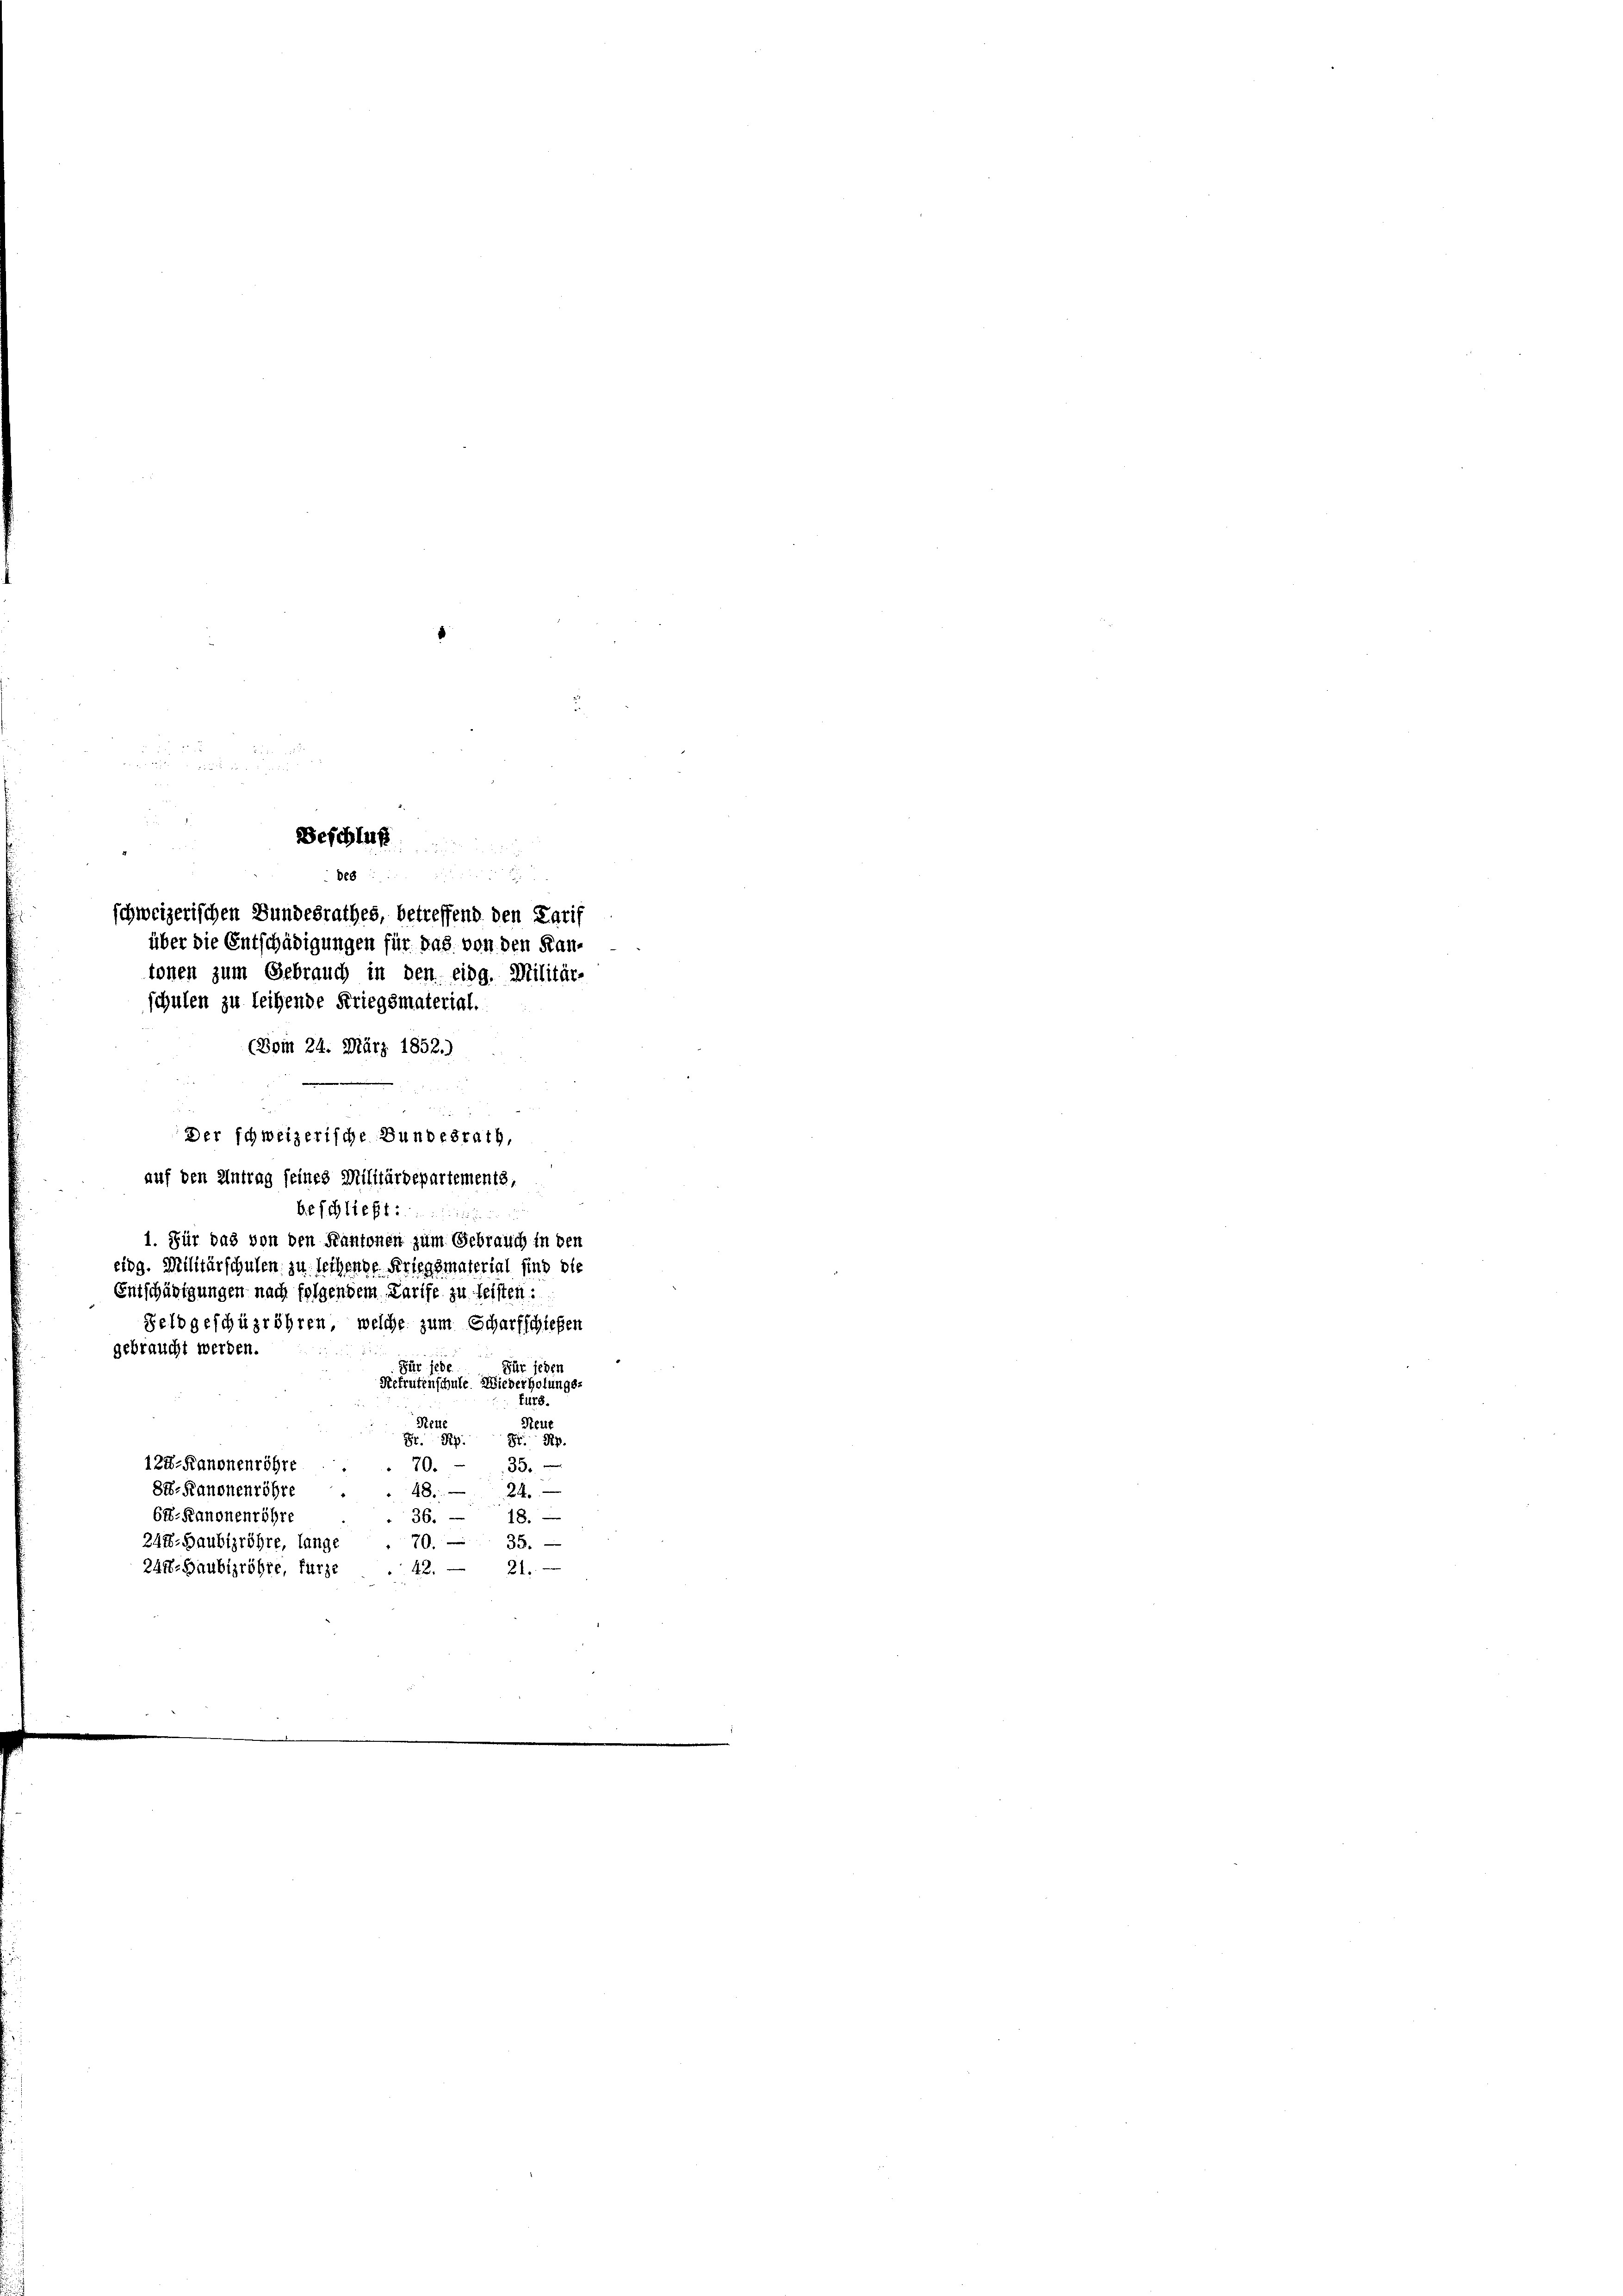
tonen zum Gebrauch in den eidg. Militär-
schulen zu leihende Kriegsmaterial.
(Vom 24. März 1852.)
Der schweizerische Bundesrath,
auf den Antrag seines Militärdepartements,
beschließt
1. Für das von den Kantonen zum Gebrauch in den
eidg. Militärschulen zu leihende Kriegsmaterial sind die
Entschädigungen nach folgendem Karife zu leisten:
Feldgeschüzröhren, welche zum Scharfschießen
gebraucht werden.
Für jede
Für jeden
Refrutenschule. Wiederholungs-
fürs.
Steue
Steue
Fr. Rp. 8. Ap
122-Kanonenröhre
35.
70.

88
schweizerischen Bundesrathes, betreffend den Karif
über die Entschädigungen für das von den Kan¬
88-Kanonenröhre
824
18.
64-Kanonenröhre
36.
9. 35.
248. Haubigröhre, lange
2418. Gaubigröhre, fürze
42.
21.

Beschluß